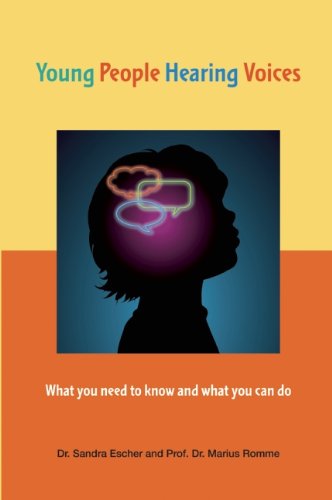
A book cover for Young People Hearing Voices; Sandra Escher; Health, Fitness & Dieting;